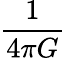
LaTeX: \frac{1}{4\pi G}